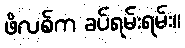
ဖိလစ်က ခပ်ရမ်းရမ်း။